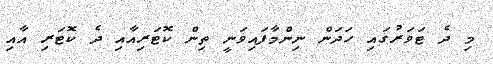
މި ދެ ޓަވަރުގައި ހަދަން ނިންމާފައިވަނީ ތިން ކޮޓަރިއާއި ދެ ކޮޓަރި އާއި